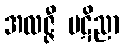
အလဇ္ဇီ ပဋိညာ